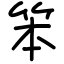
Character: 笨